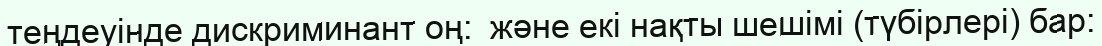
теңдеуінде дискриминант оң:  және екі нақты шешімі (түбірлері) бар: